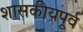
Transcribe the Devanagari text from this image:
शासकीयपूर्व